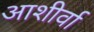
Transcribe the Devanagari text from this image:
आशीर्वा